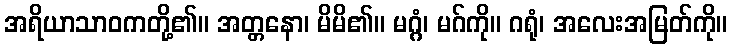
အရိယာသာဝကတို့၏။ အတ္တနော၊ မိမိ၏။ မဂ္ဂံ၊ မဂ်ကို။ ဂရုံ၊ အလေးအမြတ်ကို။